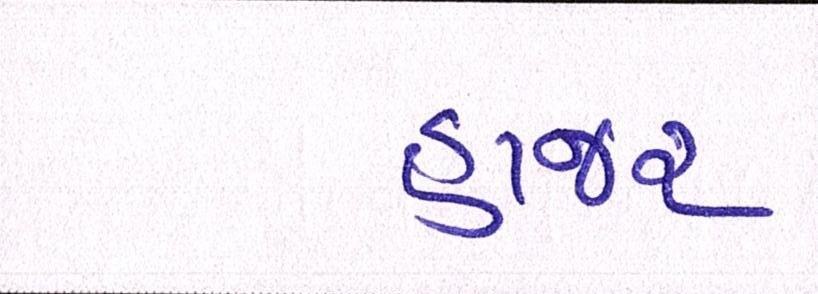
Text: હાજર